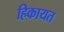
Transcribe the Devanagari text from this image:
हिकायत